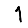
Digit: 1